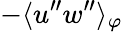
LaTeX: -\langle{u^{\prime\prime}w^{\prime\prime}}\rangle_{\varphi}